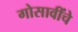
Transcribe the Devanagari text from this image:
गोसावींचे